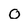
Character: O